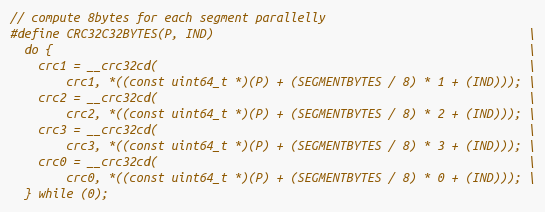
Language: C++
// compute 8bytes for each segment parallelly
#define CRC32C32BYTES(P, IND)                                             \
  do {                                                                    \
    crc1 = __crc32cd(                                                     \
        crc1, *((const uint64_t *)(P) + (SEGMENTBYTES / 8) * 1 + (IND))); \
    crc2 = __crc32cd(                                                     \
        crc2, *((const uint64_t *)(P) + (SEGMENTBYTES / 8) * 2 + (IND))); \
    crc3 = __crc32cd(                                                     \
        crc3, *((const uint64_t *)(P) + (SEGMENTBYTES / 8) * 3 + (IND))); \
    crc0 = __crc32cd(                                                     \
        crc0, *((const uint64_t *)(P) + (SEGMENTBYTES / 8) * 0 + (IND))); \
  } while (0);